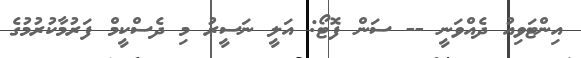
އިންޓަވިއު ދެއްވަނީ -- ސަން ފޮޓޯ: އަލީ ނަސީރު މި ދެސްކީމް ފަރުމާކުރުމުގެ